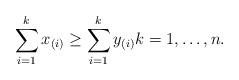
LaTeX: \begin{align*} \sum_{i=1}^kx_{(i)}\geq\sum_{i=1}^ky_{(i)}k=1,\dots,n. \end{align*}